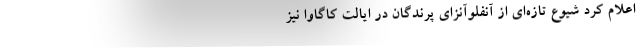
اعلام کرد شیوع تازه‌ای از آنفلوآنزای پرندگان در ایالت کاگاوا نیز